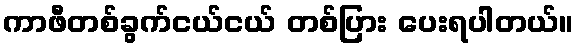
ကာဖီတစ်ခွက်ငယ်ငယ် တစ်ပြား ပေးရပါတယ်။